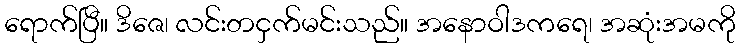
ရောက်ပြီ။ ဒိဇေ၊ လင်းတငှက်မင်းသည်။ အနောဝါဒကရေ၊ အဆုံးအမကို